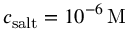
c _ { \mathrm { s a l t } } = 1 0 ^ { - 6 } \, \mathrm { M }